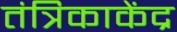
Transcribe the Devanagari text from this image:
तंत्रिकाकेंद्र